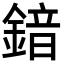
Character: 𮢣